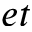
e t